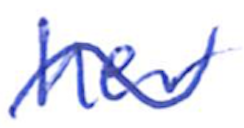
Text: her
Cross-out: wave
Writing tool: ballpoint